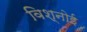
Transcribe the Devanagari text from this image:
विश्‍नोई